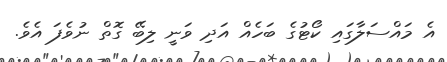
އެ މައްސަލާގައި ކޯޓުގެ ބަހެއް އަދި ވަނީ ލިބޭ ގޮތް ނުވެފަ އެވެ.